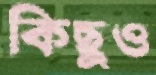
কিছুও